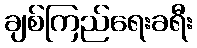
ချစ်ကြည်ရေးခရီး